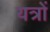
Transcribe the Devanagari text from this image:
यत्रों